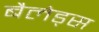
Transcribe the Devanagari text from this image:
बैलेड्स